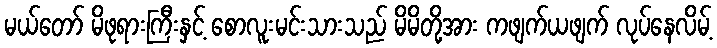
မယ်တော် မိဖုရားကြီးနှင့် စောလူးမင်းသားသည် မိမိတို့အား ကဖျက်ယဖျက် လုပ်နေလိမ့်